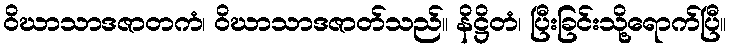
ဝိဃာသာဒဇာတကံ၊ ဝိဃာသာဒဇာတ်သည်။ နိဋ္ဌိတံ၊ ပြီးခြင်းသို့ရောက်ပြီ။